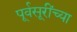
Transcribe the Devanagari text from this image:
पूर्वसूरींच्या